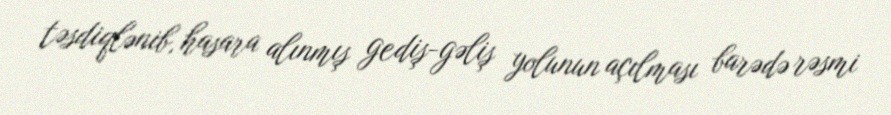
təsdiqlənib, hasara alınmış gediş-gəliş yolunun açılması barədə rəsmi